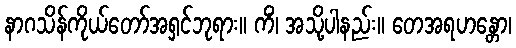
နာဂသိန်ကိုယ်တော်အရှင်ဘုရား။ ကိံ၊ အသို့ပါနည်း။ တေအရဟန္တော၊